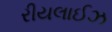
રીયલાઈઝ